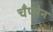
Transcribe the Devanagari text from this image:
चँप्लेन